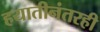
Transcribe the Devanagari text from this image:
हयातीनंतरही